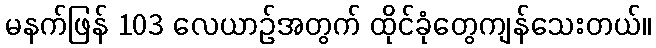
မနက်ဖြန် 103 လေယာဉ်အတွက် ထိုင်ခုံတွေကျန်သေးတယ်။